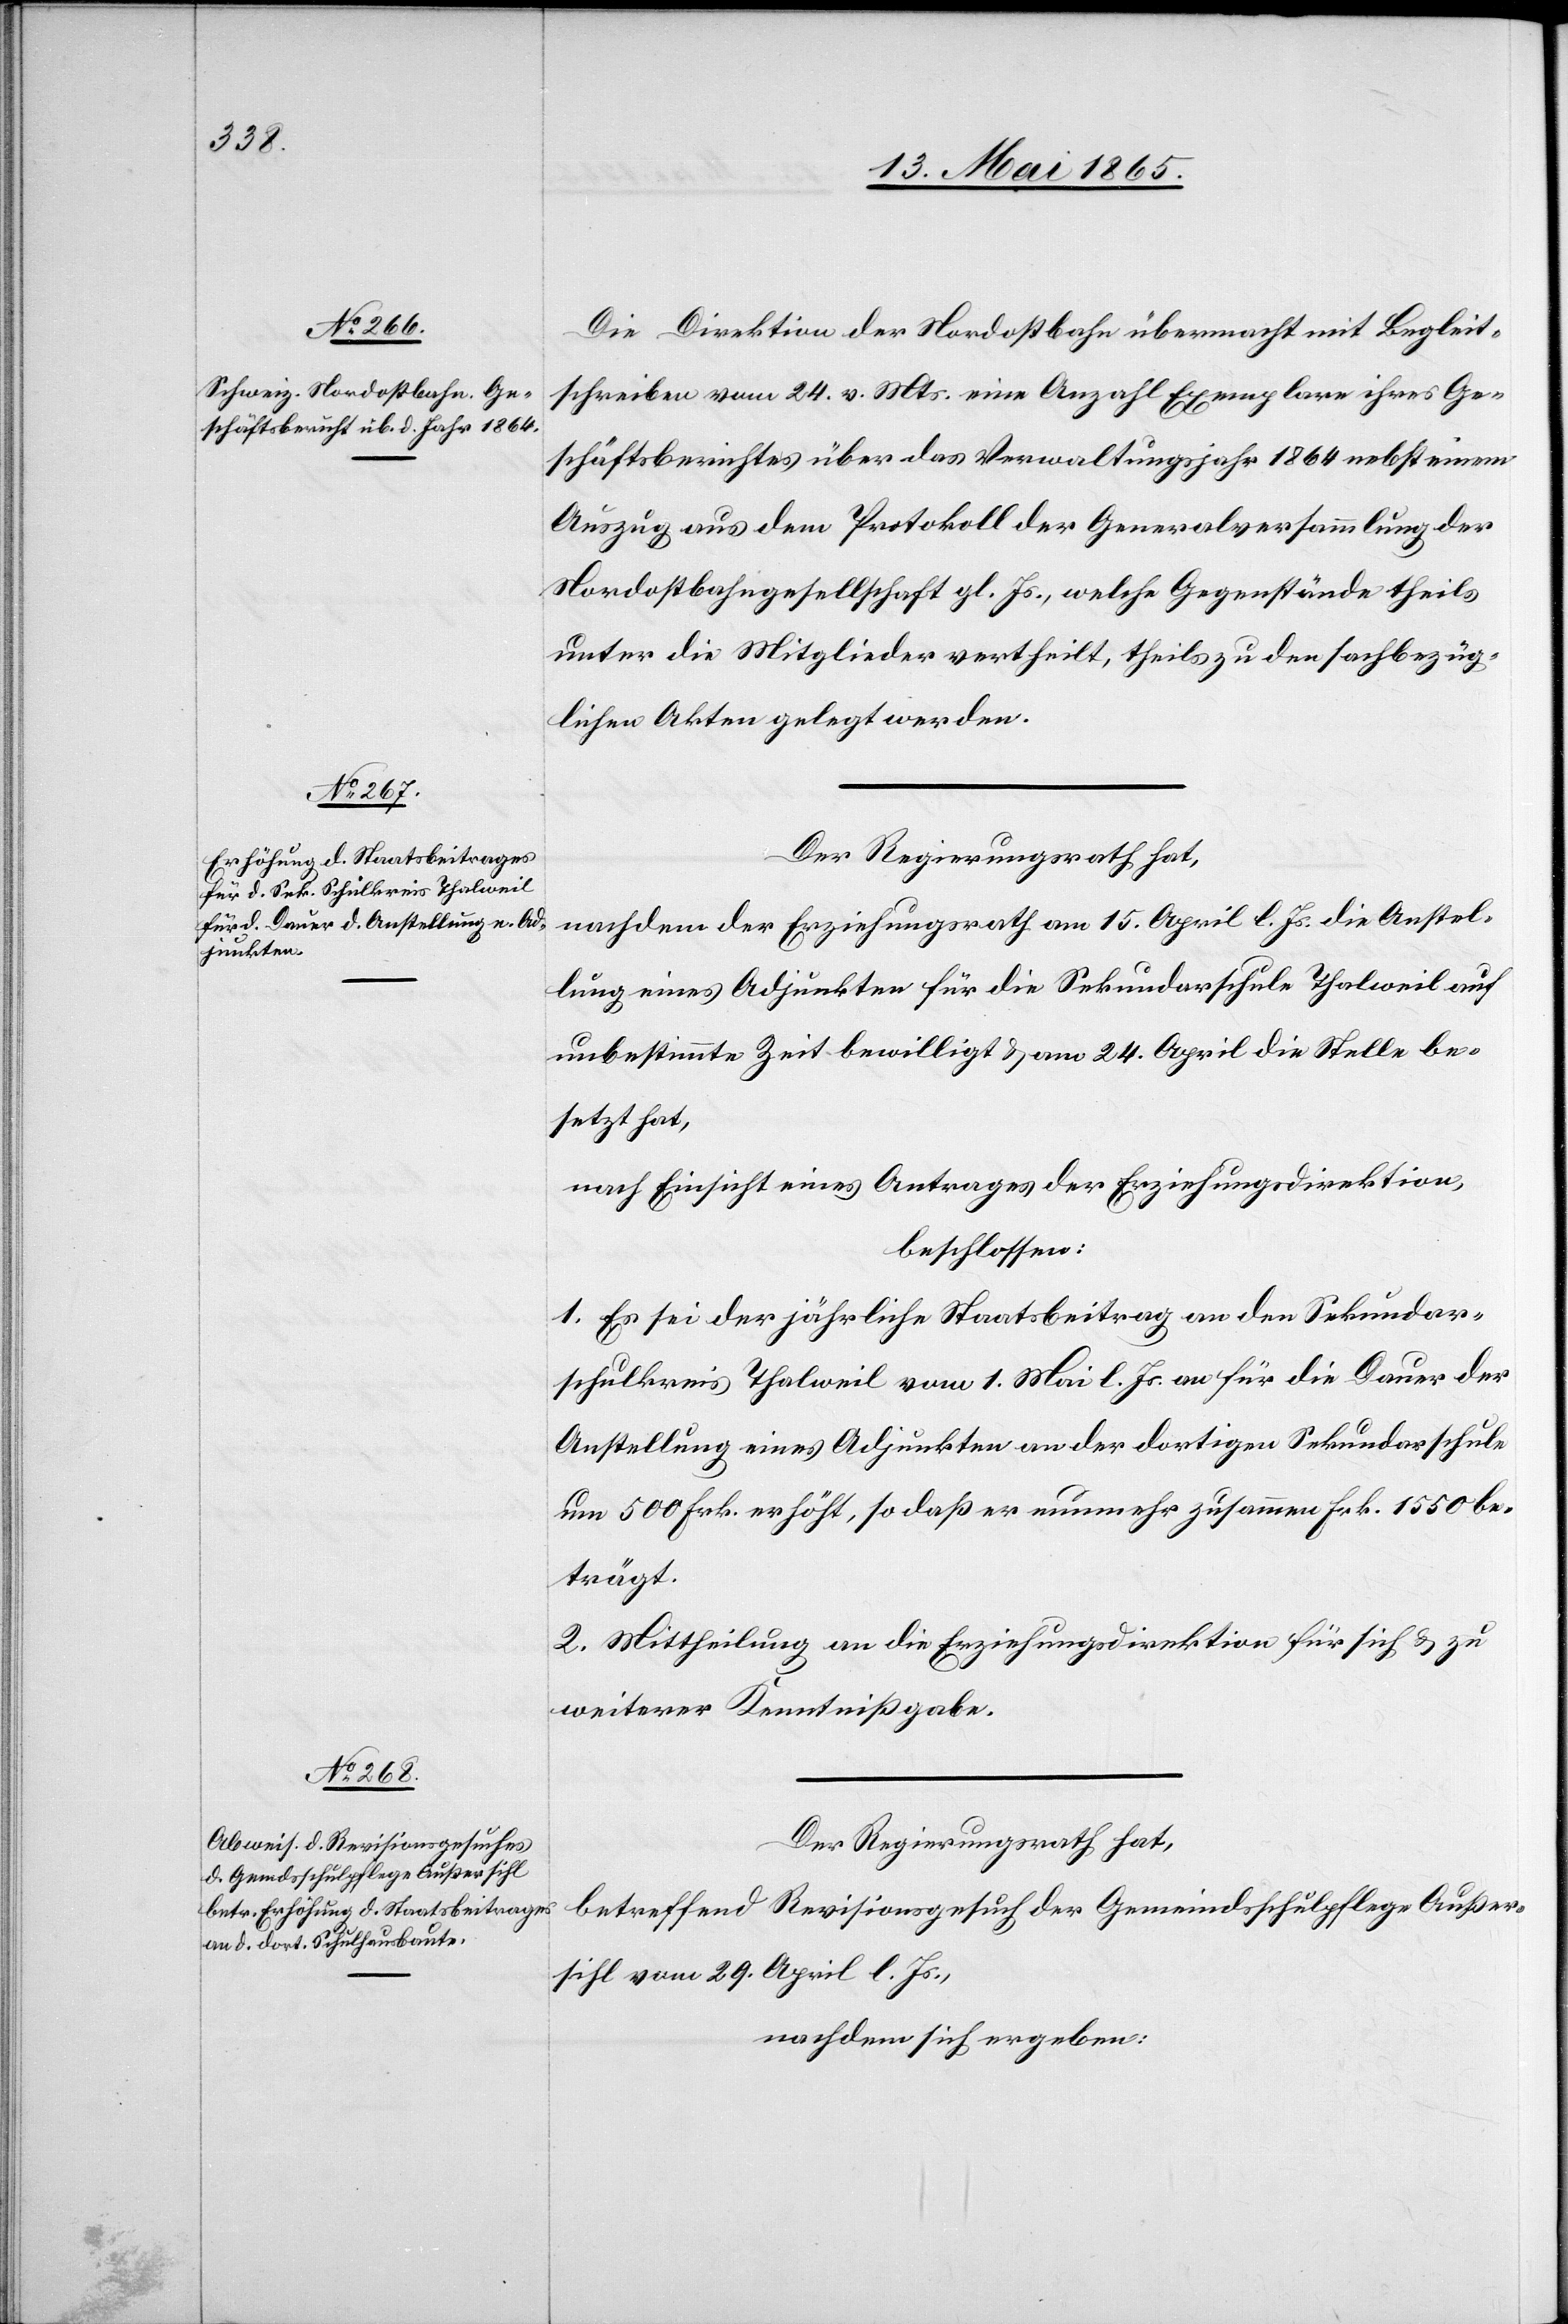
Die Direktion der Nordostbahn übermacht mit Begleit¬
schreiben vom 24. v. Mts. eine Anzahl Exemplare ihres Ge¬
schäftsberichtes über das Verwaltungsjahr 1864 nebst einem
Auszug aus dem Protokoll der Generalversammlung der
Nordostbahngesellschaft gl. Js., welche Gegenstände theils
unter die Mitglieder vertheilt, theils zu den sachbezüg¬
lichen Akten gelegt werden.
Der Regierungsrath hat,
nachdem der Erziehungsrath am 15. April l. Js. die Anstel¬
lung eines Adjunkten für die Sekundarschule Thalweil auf
unbestimmte Zeit bewilligt & am 24. April die Stelle be¬
setzt hat,
nach Einsicht eines Antrages der Erziehungsdirektion,
beschlossen:
1. Es sei der jährliche Staatsbeitrag an den Sekundar¬
schulkreis Thalweil vom 1. Mai l. Js. an für die Dauer der
Anstellung eines Adjunkten an der dortigen Sekundarschule
um 500. Frk. erhöht, so daß er nunmehr zusammen Frk. 1550 be¬
trägt.
2. Mittheilung an die Erziehungsdirektion für sich & zu
weiterer Kenntnißgabe.
Der Regierungsrath hat,
betreffend Revisionsgesuch der Gemeindsschulpflege Außer¬
sihl vom 29. April l. Js.,
nachdem sich ergeben: